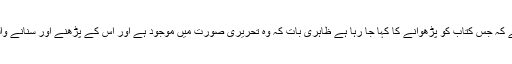
یہاں یہ نکتہ سامنے آتا ہے کہ جس کتاب کو پڑھوانے کا کہا جا رہا ہے ظاہری بات کہ وہ تحریری صورت میں موجود ہے اور اُس کے پڑھنے اور سنانے والوں کی بھی کثرت ہو گی۔